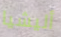
أليشيا